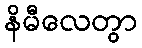
နိမီလေတွာ